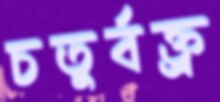
চতুর্বক্ত্র